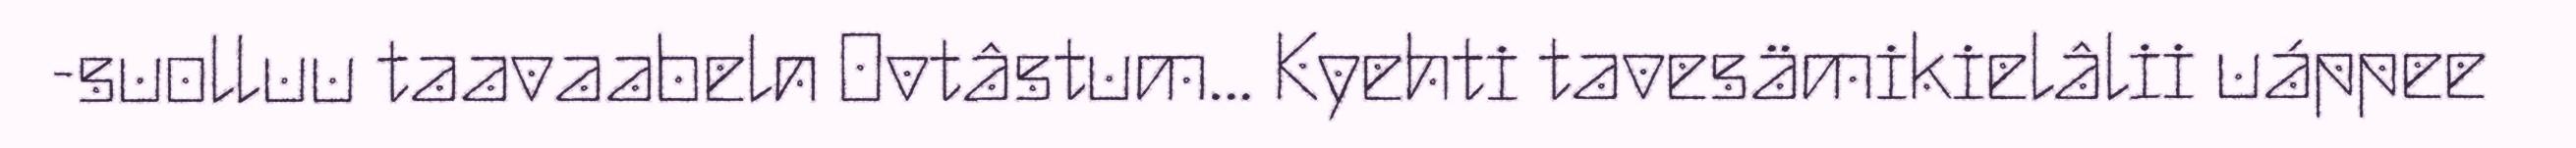
-suolluu taavaabeln Ovtâstum... Kyehti tavesämikielâlii uáppee